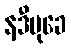
နဒီမုခေ